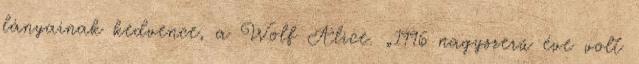
lányainak kedvence, a Wolf Alice. „1996 nagyszerű éve volt